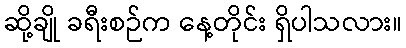
ဆို့ချို ခရီးစဉ်က နေ့တိုင်း ရှိပါသလား။